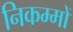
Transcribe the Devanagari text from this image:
निकम्मों